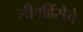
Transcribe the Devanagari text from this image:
जीवहिंसेचे